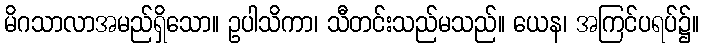
မိဂသာလာအမည်ရှိသော။ ဥပါသိကာ၊ သီတင်းသည်မသည်။ ယေန၊ အကြင်ပရပ်၌။